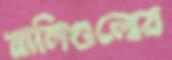
নালিগুলোয়